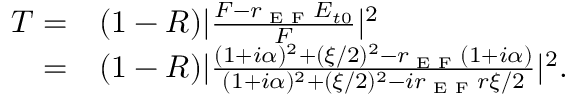
\begin{array} { r l } { T = } & { { } ( 1 - R ) | \frac { F - r _ { \textrm { E F } } E _ { t 0 } } { F } | ^ { 2 } } \\ { = } & { { } ( 1 - R ) | \frac { ( 1 + i \alpha ) ^ { 2 } + ( \xi / 2 ) ^ { 2 } - r _ { \textrm { E F } } ( 1 + i \alpha ) } { ( 1 + i \alpha ) ^ { 2 } + ( \xi / 2 ) ^ { 2 } - i r _ { \textrm { E F } } r \xi / 2 } | ^ { 2 } . } \end{array}